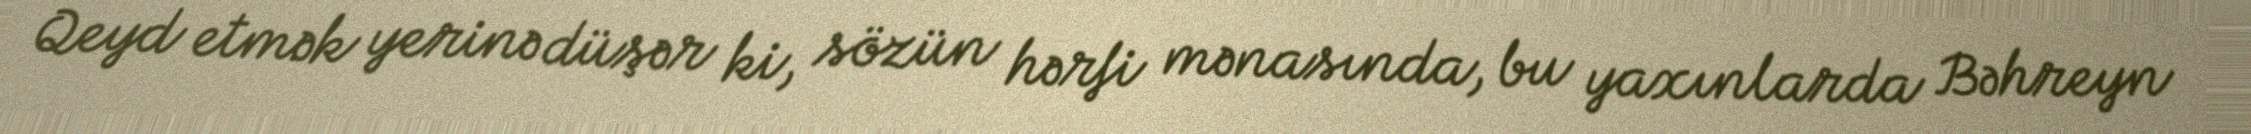
Qeyd etmək yerinə düşər ki, sözün hərfi mənasında, bu yaxınlarda Bəhreyn